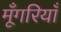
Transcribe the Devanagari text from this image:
मूँगरियाँ